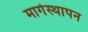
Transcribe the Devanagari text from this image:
मार्गस्थापन